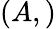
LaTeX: (A,)